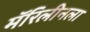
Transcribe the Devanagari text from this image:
मॅरिलीनला